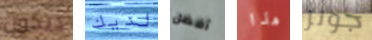
ديكون لديك أفضل هذا جونز